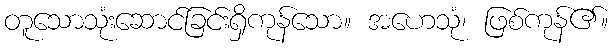
တူသောသုံးဆောင်ခြင်းရှိကုန်သော။ အဟေသုံ၊ ဖြစ်ကုန်၏။